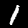
Digit: 1